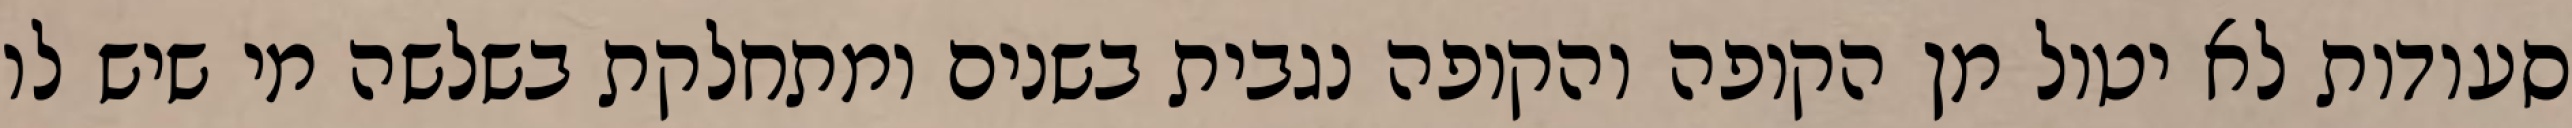
סעודות לא יטול מן הקופה והקופה נגבית בשנים ומתחלקת בשלשה מי שיש לו